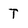
Character: T